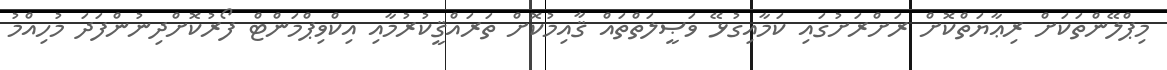
މިޕްލޭންތަކަށް ރިޢާޔަތްކޮށް ރަށްރަށުގައި ކަމާއިގުޅޭ ވަޞީލަތްތައް ޤާއިމުކޮށް ތަރައްޤީކުރުމާއި އިކްވިޕްމަންޓް ފޯރުކޮށްދިނުންފަދަ މުހިއްމު